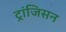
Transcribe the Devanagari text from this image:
ट्रांजिसन